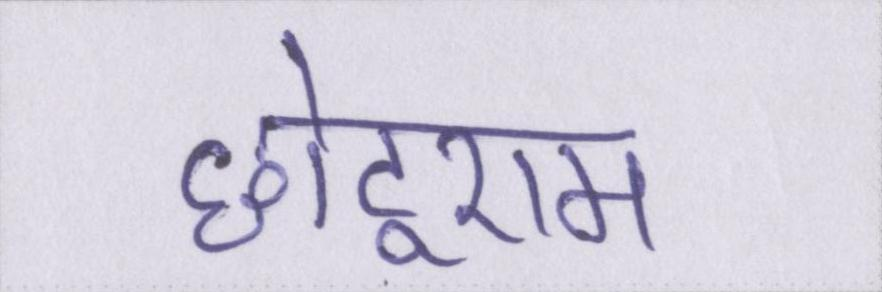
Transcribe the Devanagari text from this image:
छोटूराम